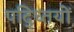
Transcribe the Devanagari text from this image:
पद्ध्तियों